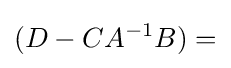
(D-CA^{-1}B)=